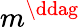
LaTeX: m^{\ddag}